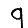
Digit: 9